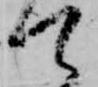
て